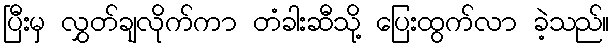
ပြီးမှ လွှတ်ချလိုက်ကာ တံခါးဆီသို့ ပြေးထွက်လာ ခဲ့သည်။